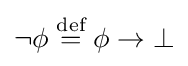
\neg \phi \;{\overset {\text{def}}{=}}\;\phi \to \bot